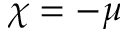
\chi = - \mu